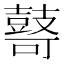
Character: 𱌋